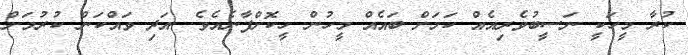
ކުރާ މީހަކީ ނަސީބުވެރިއެއް ކަމަށް ބައެއް މީހުން ހީކޮށްފާނެއެވެ. އަދި ވައްކަން ކުރުމަށް